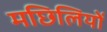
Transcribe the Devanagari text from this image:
मछिलियों